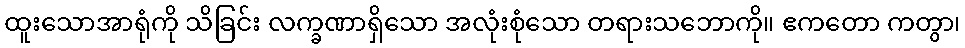
ထူးသောအာရုံကို သိခြင်း လက္ခဏာရှိသော အလုံးစုံသော တရားသဘောကို။ ဧကတော ကတွာ၊